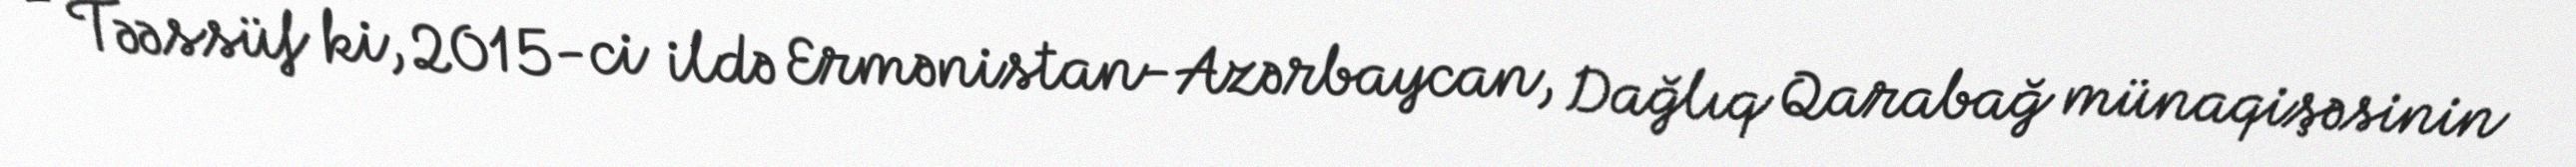
- Təəssüf ki, 2015-ci ildə Ermənistan-Azərbaycan, Dağlıq Qarabağ münaqişəsinin